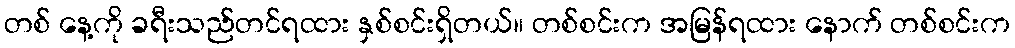
တစ် နေ့ကို ခရီးသည်တင်ရထား နှစ်စင်းရှိတယ်။ တစ်စင်းက အမြန်ရထား နောက် တစ်စင်းက